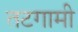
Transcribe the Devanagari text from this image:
तटगामी